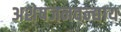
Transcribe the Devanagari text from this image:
अशेषजनवन्द्याय